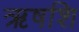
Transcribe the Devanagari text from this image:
ऋषशि